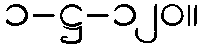
၁-ဋ္ဌ-၁၂၀။